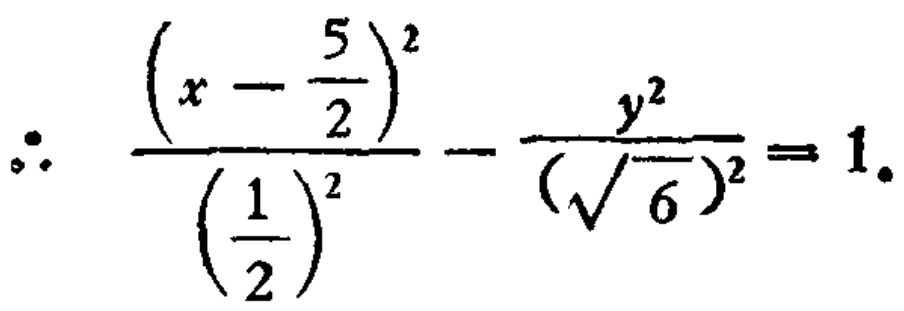
\[\therefore \frac{\left(x - \frac{5}{2}\right)^2}{\left(\frac{1}{2}\right)^2} - \frac{y^{2}}{(\sqrt{6})^{2}} = 1.\]